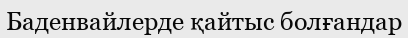
Баденвайлерде қайтыс болғандар